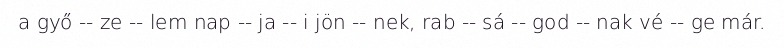
a győ -- ze -- lem nap -- ja -- i jön -- nek, rab -- sá -- god -- nak vé -- ge már.